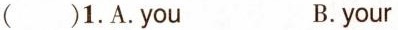
()1.A.You B.your